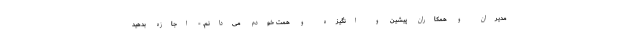
مدیران و همکاران پیشین و انگیزه و همت خودم می‌دانم. - اجازه بدهید